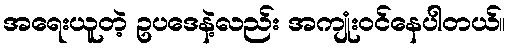
အရေးယူတဲ့ ဥပဒေနဲ့လည်း အကျုံးဝင်နေပါတယ်။